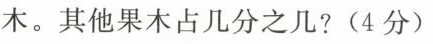
木。其他果木占几分之几?(4分)